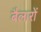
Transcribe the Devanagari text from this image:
बैलारों